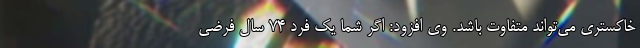
خاکستری می‌تواند متفاوت باشد. وی افزود: اگر شما یک فرد 74 سال فرضی